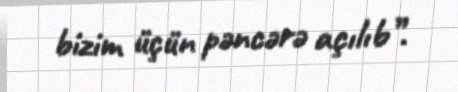
bizim üçün pəncərə açılıb”.